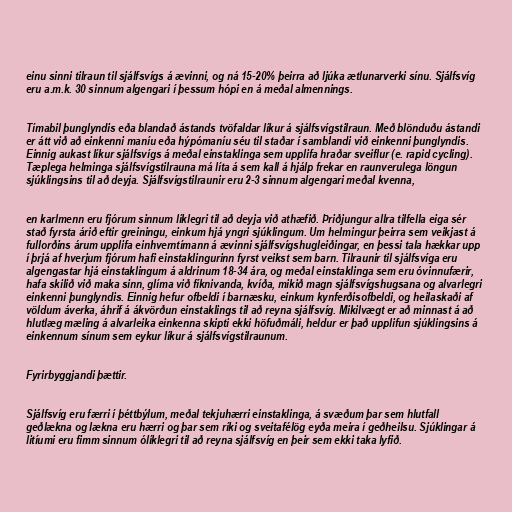
einu sinni tilraun til sjálfsvígs á ævinni, og ná 15-20% þeirra að ljúka ætlunarverki sínu. Sjálfsvíg
eru a.m.k. 30 sinnum algengari í þessum hópi en á meðal almennings.

Tímabil þunglyndis eða blandað ástands tvöfaldar líkur á sjálfsvígstilraun. Með blönduðu ástandi
er átt við að einkenni maníu eða hýpómaníu séu til staðar í samblandi við einkenni þunglyndis.
Einnig aukast líkur sjálfsvígs á meðal einstaklinga sem upplifa hraðar sveiflur (e. rapid cycling).
Tæplega helminga sjálfsvígstilrauna má líta á sem kall á hjálp frekar en raunverulega löngun
sjúklingsins til að deyja. Sjálfsvígstilraunir eru 2-3 sinnum algengari meðal kvenna,

en karlmenn eru fjórum sinnum líklegri til að deyja við athæfið. Þriðjungur allra tilfella eiga sér
stað fyrsta árið eftir greiningu, einkum hjá yngri sjúklingum. Um helmingur þeirra sem veikjast á
fullorðins árum upplifa einhverntímann á ævinni sjálfsvígshugleiðingar, en þessi tala hækkar upp
í þrjá af hverjum fjórum hafi einstaklingurinn fyrst veikst sem barn. Tilraunir til sjálfsvíga eru
algengastar hjá einstaklingum á aldrinum 18-34 ára, og meðal einstaklinga sem eru óvinnufærir,
hafa skilið við maka sinn, glíma við fíknivanda, kvíða, mikið magn sjálfsvígshugsana og alvarlegri
einkenni þunglyndis. Einnig hefur ofbeldi í barnæsku, einkum kynferðisofbeldi, og heilaskaði af
völdum áverka, áhrif á ákvörðun einstaklings til að reyna sjálfsvíg. Mikilvægt er að minnast á að
hlutlæg mæling á alvarleika einkenna skipti ekki höfuðmáli, heldur er það upplifun sjúklingsins á
einkennum sínum sem eykur líkur á sjálfsvígstilraunum.

Fyrirbyggjandi þættir.

Sjálfsvíg eru færri í þéttbýlum, meðal tekjuhærri einstaklinga, á svæðum þar sem hlutfall
geðlækna og lækna eru hærri og þar sem ríki og sveitafélög eyða meira í geðheilsu. Sjúklingar á
litíumi eru fimm sinnum ólíklegri til að reyna sjálfsvíg en þeir sem ekki taka lyfið.